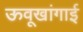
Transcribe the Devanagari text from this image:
ऊवूखांगाई